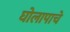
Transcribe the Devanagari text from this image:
घोलापाचे